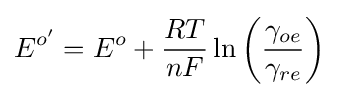
E^{o'}=E^{o}+{\frac {RT}{nF}}\ln \left({\frac {\gamma _{oe}}{\gamma _{re}}}\right)